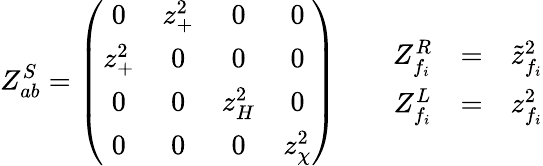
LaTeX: Z_{ab}^{S}=\left(\begin{array}{cccc}{{0}}&{{z_{+}^{2}}}&{{0}}&{{0}}\\ {{z_{+}^{2}}}&{{0}}&{{0}}&{{0}}\\ {{0}}&{{0}}&{{z_{H}^{2}}}&{{0}}\\ {{0}}&{{0}}&{{0}}&{{z_{\chi}^{2}}}\end{array}\right)\qquad\begin{array}{ccc}{{Z_{f_{i}}^{R}}}&{{=}}&{{\tilde{z}_{f_{i}}^{2}}}\\ {{Z_{f_{i}}^{L}}}&{{=}}&{{z_{f_{i}}^{2}}}\end{array}